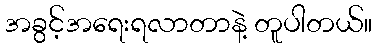
အခွင့်အရေးရလာတာနဲ့ တူပါတယ်။